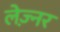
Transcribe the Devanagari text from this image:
लेज़्नर